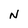
Character: N